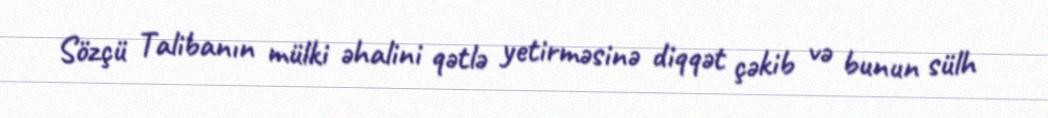
Sözçü Talibanın mülki əhalini qətlə yetirməsinə diqqət çəkib və bunun sülh